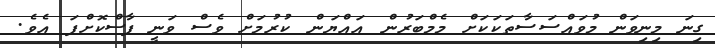
ގިނަ މިނިވަން މުވައްސަސާތަކަކަށް މެމްބަރުން އައްޔަން ކުރުމަށް ވެސް ވަނީ ފާސްކޮށްފަ އެވެ.